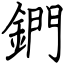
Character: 鍆